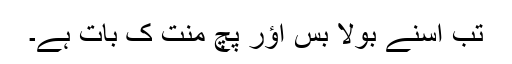
تب اُسنے بولا بس اؤر پچ مِنُت کِ بات ہے۔